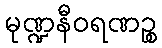
မုဏ္ဍနီဝရဏဉ္စ